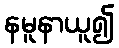
နမူနာယူ၍